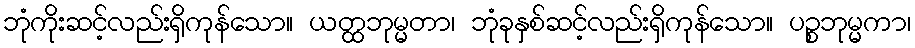
ဘုံကိုးဆင့်လည်းရှိကုန်သော။ ယတ္ထဘုမ္မတာ၊ ဘုံခုနှစ်ဆင့်လည်းရှိကုန်သော။ ပဉ္စဘုမ္မကာ၊